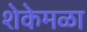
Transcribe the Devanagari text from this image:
शेकेमळा